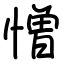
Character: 憎